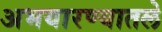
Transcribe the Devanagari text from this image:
अभयारण्यातले